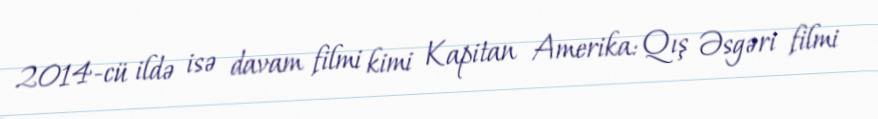
2014-cü ildə isə davam filmi kimi Kapitan Amerika: Qış Əsgəri filmi